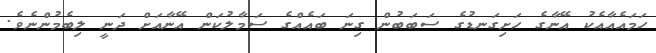
ހަމައެއާއެކު އޭނާގެ ހަށިގަނޑުގެ ސަބަބުން ގިނަ ބައެއްގެ ސަމާލުކަން އޭނާއަށް ދަނީ ލިބެމުންނެވެ.